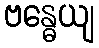
ဗန္ဓေယျ